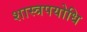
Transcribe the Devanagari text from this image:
शास्त्रपयोधि